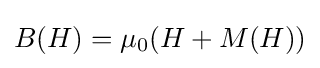
B(H)=\mu _{0}(H+M(H))